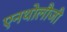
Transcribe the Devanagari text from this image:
एनथोलौजी